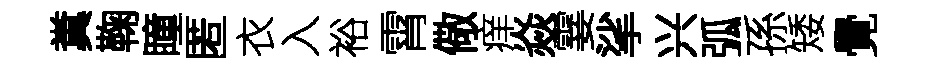
糞鞠瞳匿衣入裕霄儆痒焱霎挲兴弧孫矮覺